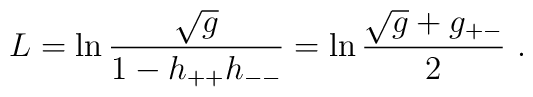
L=\ln \frac{\sqrt g}{1-h_{++}h_{--}}=\ln \frac{\sqrt g+g_{+-}}{2}\ .